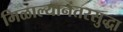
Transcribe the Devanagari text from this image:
मिळाल्यानंतरसुद्धा